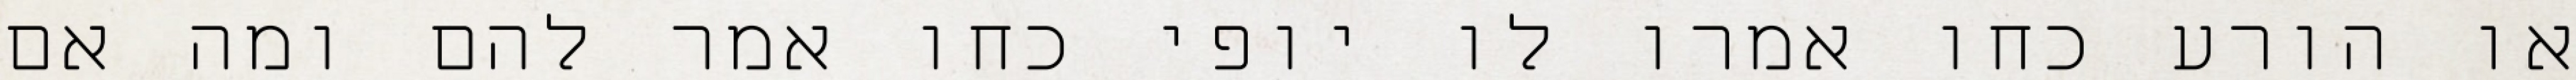
או הורע כחו אמרו לו יופי כחו אמר להם ומה אם